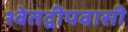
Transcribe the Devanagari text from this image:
श्वेतद्वीपवासी